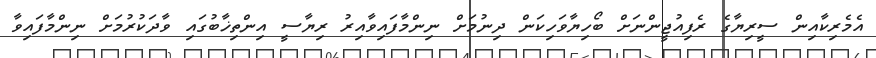
އެމެރިކާއިން ސީރިޔާގެ ރެފިއުޖީންނަށް ބޯހިޔާވަހިކަން ދިނުމަށް ނިންމާފައިވާއިރު ރިޔާސީ އިންތިޚާބުގައި ވާދަކުރުމަށް ނިންމާފައިވާ